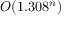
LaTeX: O ( 1 . 3 0 8 ^ { n } )